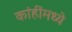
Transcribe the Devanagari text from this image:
कांहींमध्ये